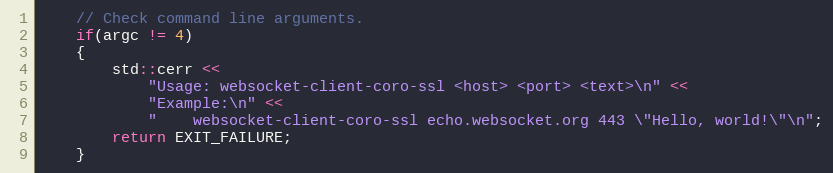
Language: C++
    // Check command line arguments.
    if(argc != 4)
    {
        std::cerr <<
            "Usage: websocket-client-coro-ssl <host> <port> <text>\n" <<
            "Example:\n" <<
            "    websocket-client-coro-ssl echo.websocket.org 443 \"Hello, world!\"\n";
        return EXIT_FAILURE;
    }